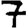
Digit: 7